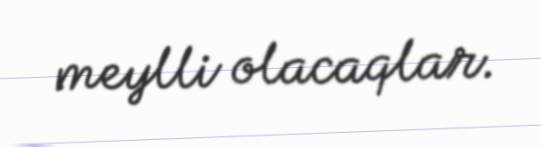
meylli olacaqlar.